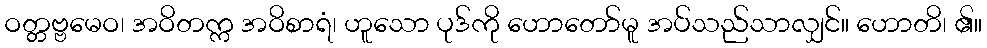
ဝတ္တဗ္ဗမေဝ၊ အဝိတက္က အဝိစာရံ၊ ဟူသော ပုဒ်ကို ဟောတော်မူ အပ်သည်သာလျှင်။ ဟောတိ၊ ၏။